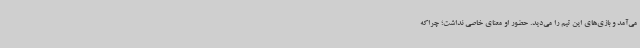
می‌آمد و بازی‌های این تیم را می‌دید. حضور او معنای خاصی نداشت؛ چراکه